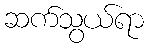
ဆက်သွယ်ရာ